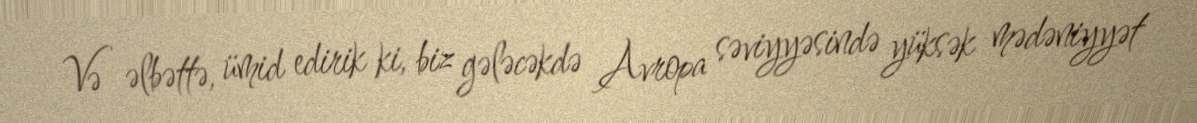
Və əlbəttə, ümid edirik ki, biz gələcəkdə Avropa səviyyəsində yüksək mədəniyyət